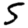
Digit: 5